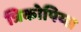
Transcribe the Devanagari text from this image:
त्रिकोपिय्स